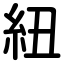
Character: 紐